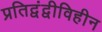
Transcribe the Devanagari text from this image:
प्रतिद्वंद्वीविहीन